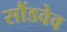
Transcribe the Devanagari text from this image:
सौंडवेव